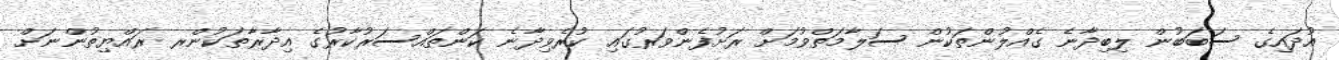
އުދައިގެ ސަބަބުން ލިބިދާނެ ގެއްލުންތަކުން ސަލާމަތްވުމަށް ރަށުފެންވަރުގައި ކުރެވިދާނެ ކަންތައްސަރުކާރުގެ އިދާރާތަކުންރ ރައްޔިތުންނަށް